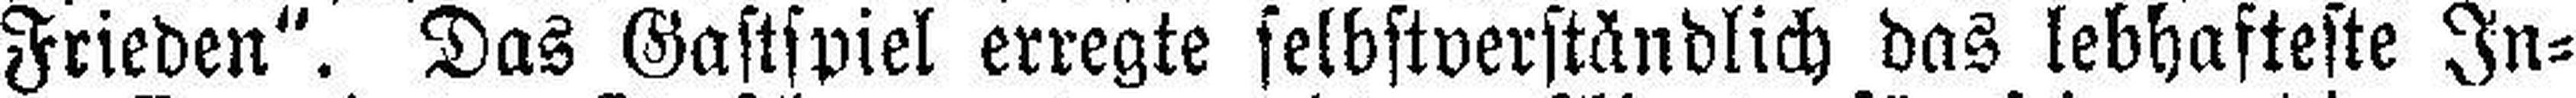
Frieden“. Das Gastspiel erregte selbstverständlich das lebhafteste In¬